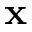
\mathbf { x }